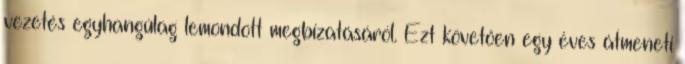
vezetés egyhangúlag lemondott megbízatásáról. Ezt követően egy éves átmeneti